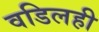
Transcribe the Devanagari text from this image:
वडिलही